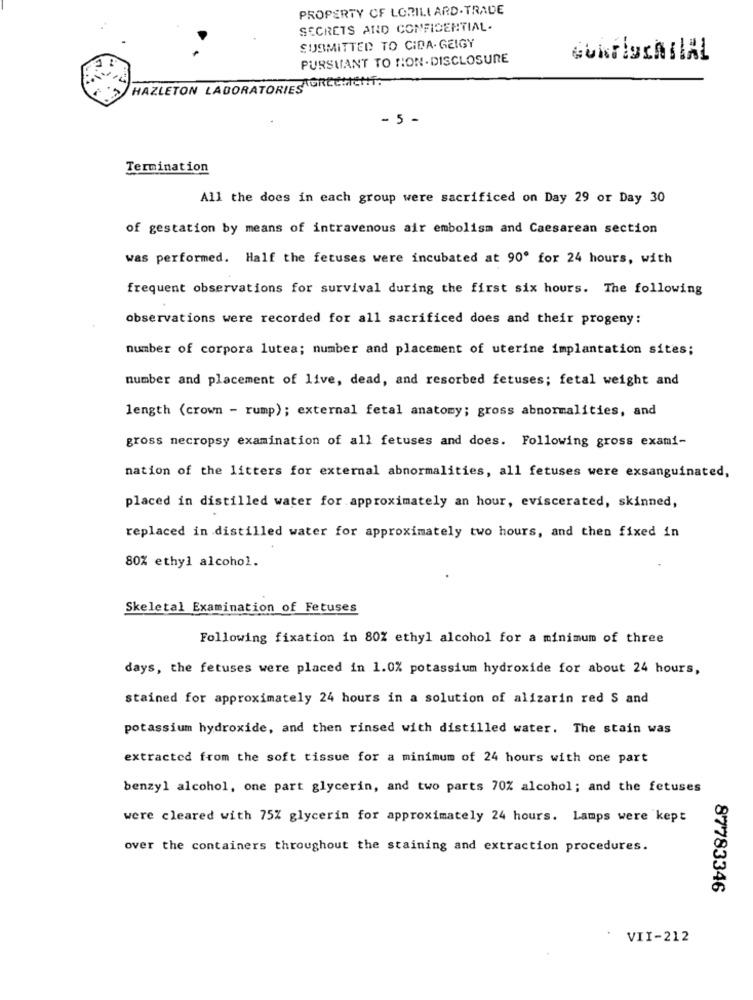
PROPERTY OF LORILLARD-TRADE
SECRETS AND CONFIDENTIAL.
SUBMITTED TO CIDA- GEIGY
PURSUANT TO NON - DISCLOSURE
HAZLETON LABORATORIES GRECMICHT.
- 5 -
Termination
All the does in each group were sacrificed on Day 29 or Day 30
of gestation by means of intravenous air embolism and Caesarean section
was performed. Half the fetuses were incubated at 90º for 24 hours, with
frequent observations for survival during the first six hours. The following
observations were recorded for all sacrificed does and their progeny:
number of corpora lutea; number and placement of uterine implantation sites;
number and placement of live, dead, and resorbed fetuses; fetal weight and
length (crown - rump); external fetal anatomy; gross abnormalities, and
gross necropsy examination of all fetuses and does. Following gross exami-
nation of the litters for external abnormalities, all fetuses were exsanguinated,
placed in distilled water for approximately an hour, eviscerated, skinned,
replaced in distilled water for approximately two hours, and then fixed in
80% ethyl alcohol.
Skeletal Examination of Fetuses
Following fixation in 80% ethyl alcohol for a minimum of three
days, the fetuses were placed in 1.0% potassium hydroxide for about 24 hours,
stained for approximately 24 hours in a solution of alizarin red S and
potassium hydroxide, and then rinsed with distilled water. The stain was
extracted from the soft tissue for a minimum of 24 hours with one part
benzyl alcohol, one part glycerin, and two parts 70% alcohol; and the fetuses
were cleared with 75% glycerin for approximately 24 hours. Lamps were kept
over the containers throughout the staining and extraction procedures.
87783346
VII-212